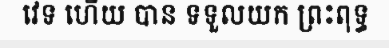
វេទ ហើយ បាន ទទួលយក ព្រះពុទ្ធ